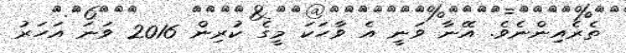
ތެރެއިންނެވެ. އޭނާ ވަނީ އެ ވާހަކަ މީގެ ކުރިން 2016 ވަނަ އަހަރު